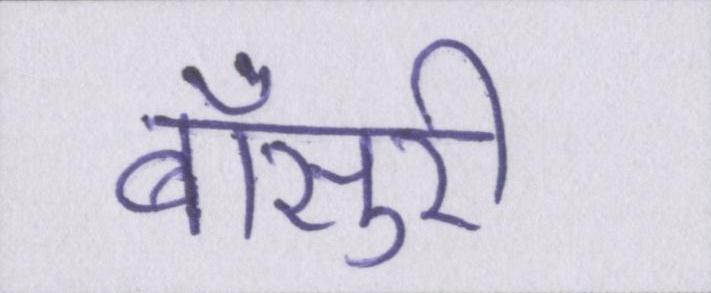
बाँसुरी